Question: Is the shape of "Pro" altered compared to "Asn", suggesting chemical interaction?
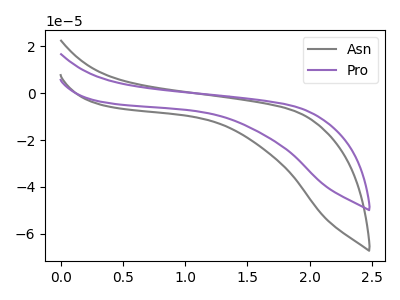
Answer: <think>The gray curve "Asn" has no peaks. The purple curve "Pro" has no peaks.
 Neither "Pro" or "Asn" have any peaks.</think>
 <answer>No, "Pro" and "Asn" don't appear to be significantly different in shape</answer>
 <eval>no_change</eval>